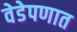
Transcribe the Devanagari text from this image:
वेडेपणात